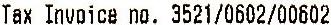
TAX INVOICE NO. 3521/0602/00602